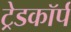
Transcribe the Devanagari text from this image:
ट्रेडकॉर्प